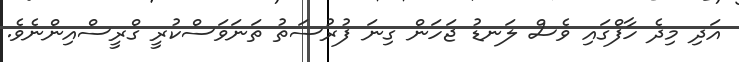
އަދި މިދެ ހާފްގައި ވެސް ލަނޑު ޖަހަން ގިނަ ފުރުސަތު ތަނަވަސްކުރީ ގްރީސްއިންނެވެ.